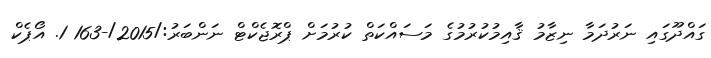
ގައްދޫގައި ނަރުދަމާ ނިޒާމު ޤާއިމުކުރުމުގެ މަސައްކަތް ކުރުމަށް ޕްރޮޖެކްޓް ނަންބަރު:/2015/-163 1. އޯޕެކް